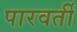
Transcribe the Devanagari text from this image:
पारवर्ती